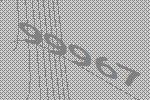
99967